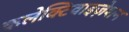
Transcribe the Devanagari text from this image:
कलेक्टिवाइज़ेशन